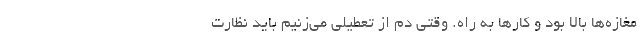
مغازه‌ها بالا بود و کارها به راه. وقتی دم از تعطیلی می‌زنیم باید نظارت